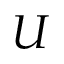
U